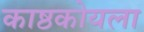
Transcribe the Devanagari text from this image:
काष्ठकोयला